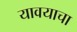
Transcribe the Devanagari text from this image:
यावयाचा